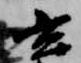
玄